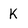
Character: k